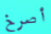
أصرخ